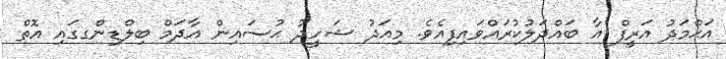
އަޙްމަދު އަރީފް އާ ބައްދަލުކުރައްވައިފިއެވެ. މިއަދު ޝަހީދު ޙުސައިން އާދަމް ބިލްޑިންގގައި އޮތް